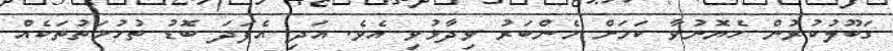
ގަބޫލުކުރުން ހެޔޮނުވާ ކަމަށް މެންބަރު ވިދާޅުވި އެވެ. އަދި އެފަދަ ބޮޑު ތުހުމަތުތަކެއް